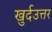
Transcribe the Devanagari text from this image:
खुर्दउत्तर